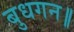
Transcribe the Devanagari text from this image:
बुधगन॥